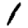
Digit: 1